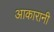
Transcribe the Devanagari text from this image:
आकारानी